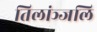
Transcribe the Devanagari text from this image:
तिलांञ्जलि